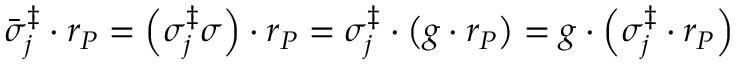
\bar { \sigma } _ { j } ^ { \ddag } \cdot r _ { P } = \left( \sigma _ { j } ^ { \ddag } \sigma \right) \cdot r _ { P } = \sigma _ { j } ^ { \ddag } \cdot \left( g \cdot r _ { P } \right) = g \cdot \left( \sigma _ { j } ^ { \ddag } \cdot r _ { P } \right)